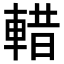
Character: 𮝖